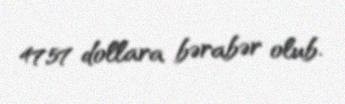
47,57 dollara bərabər olub.